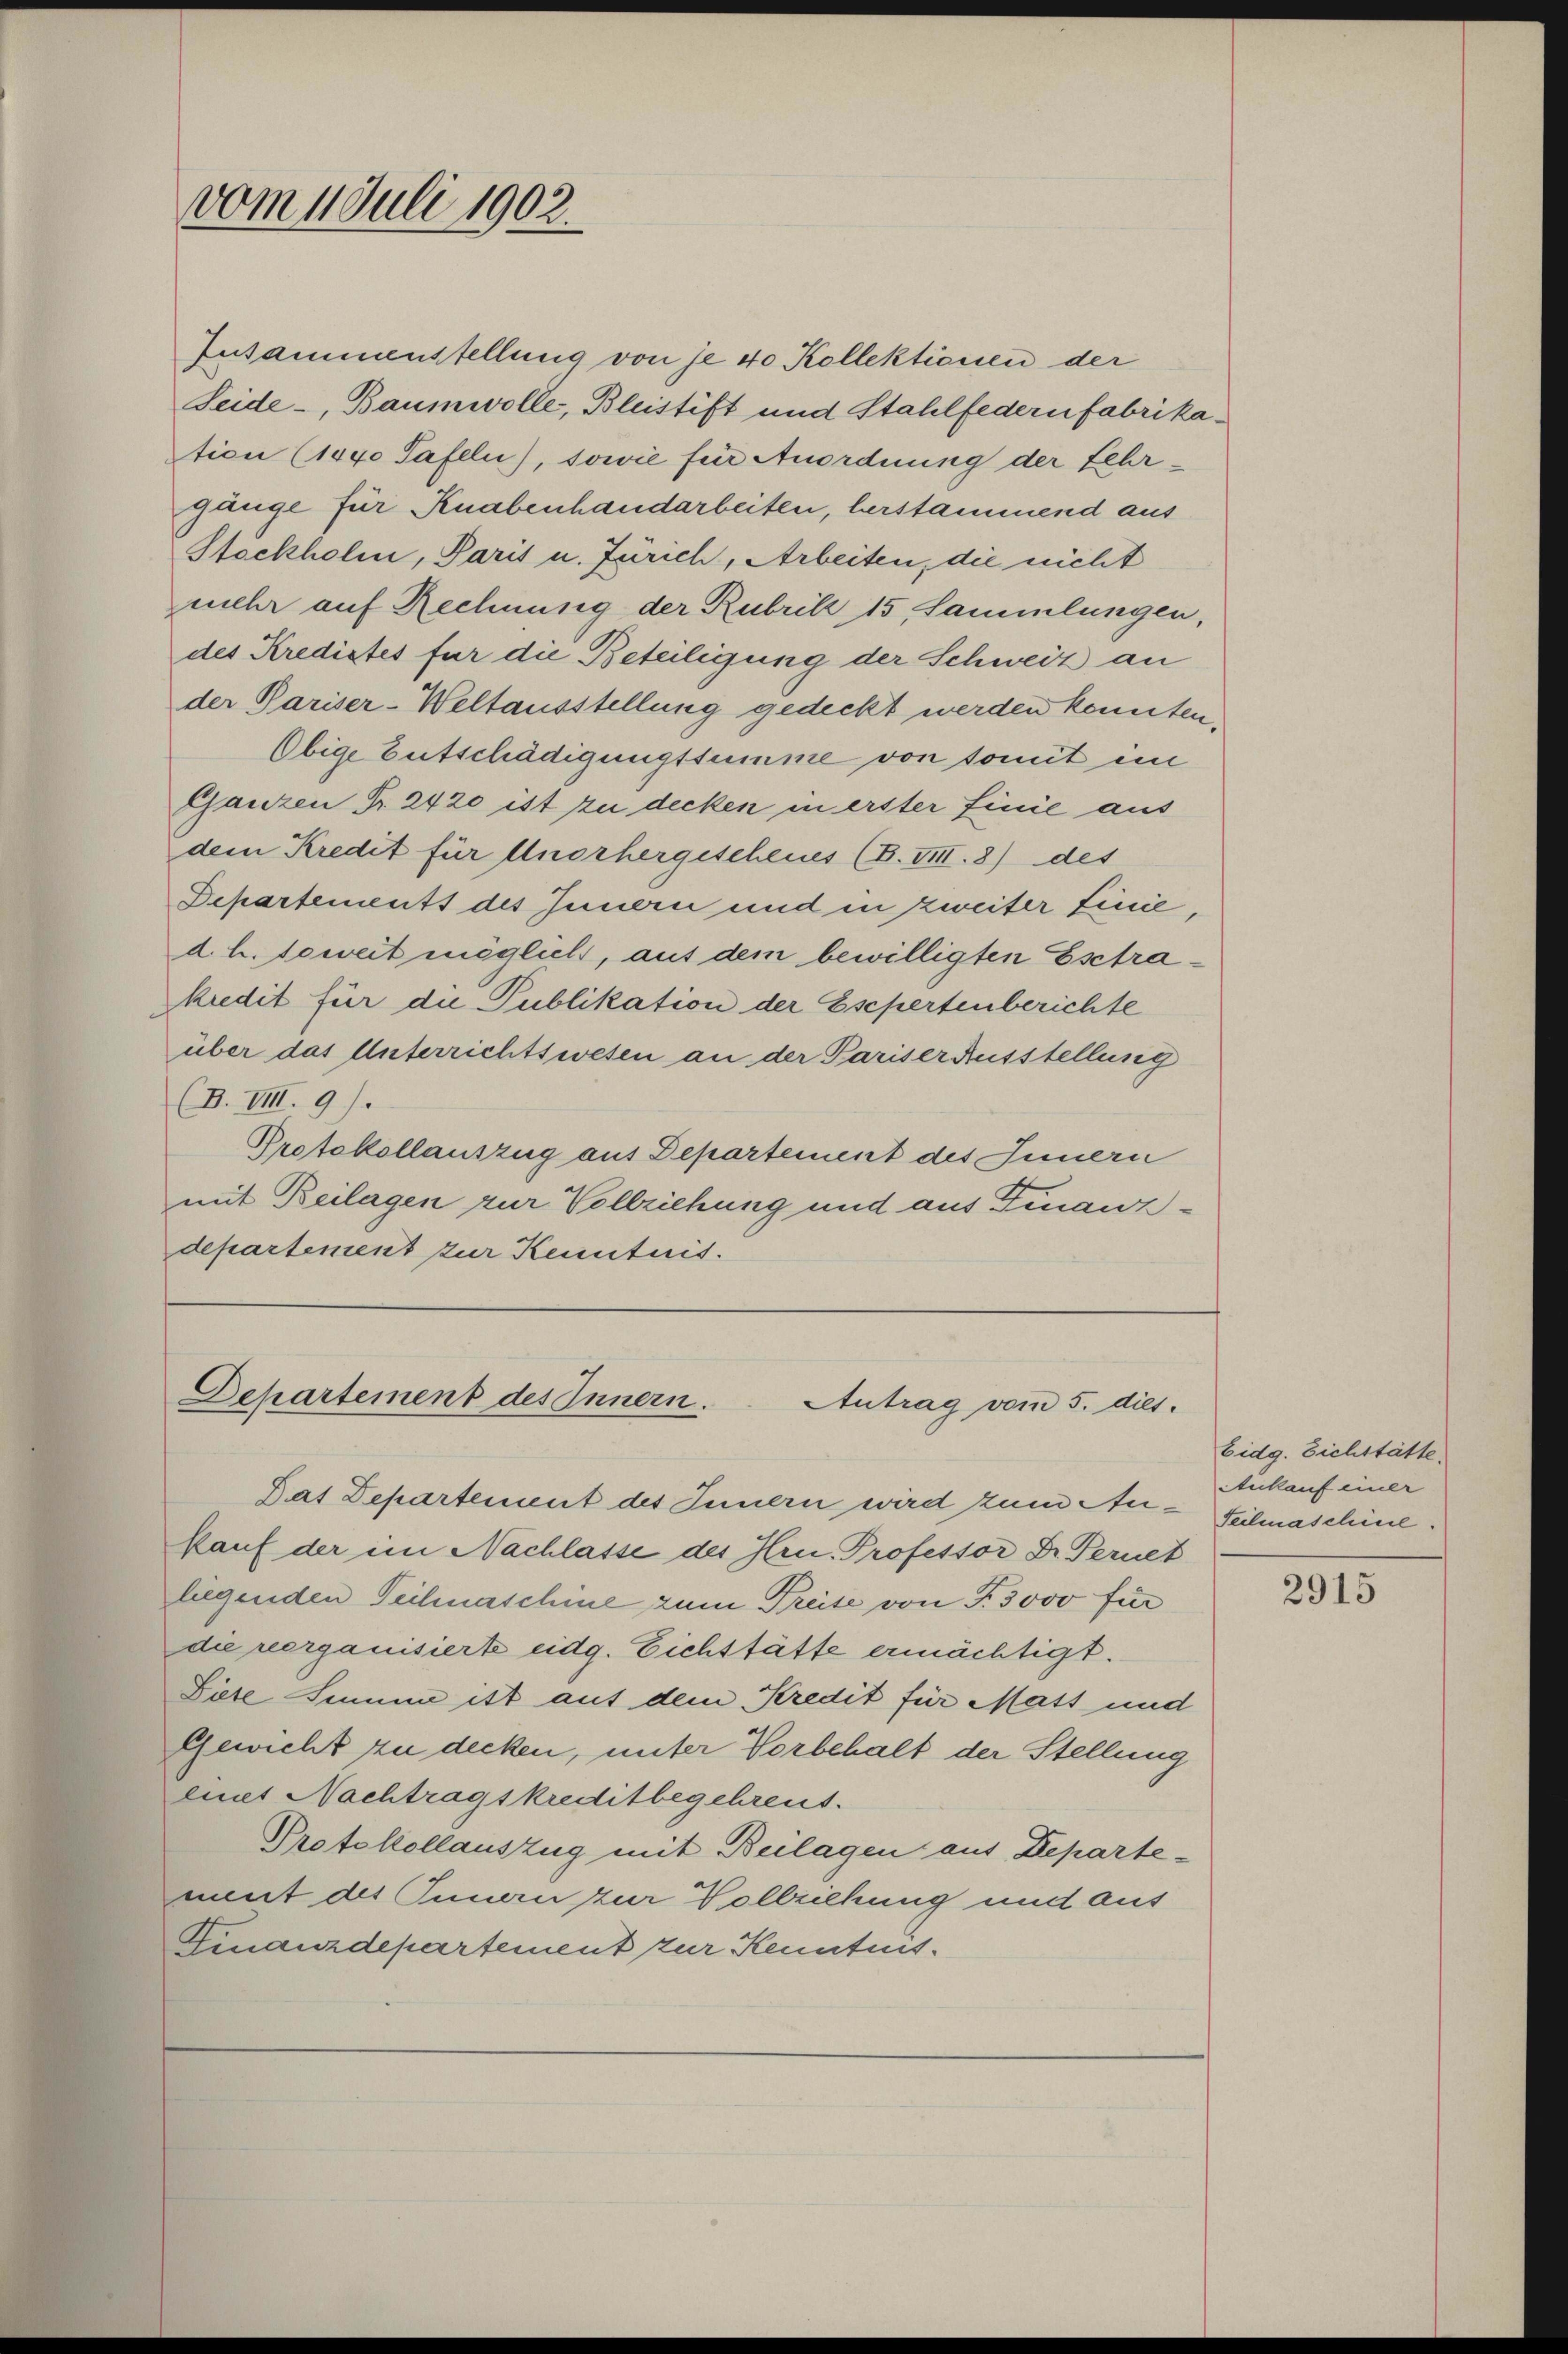
vom 1. Juli 1902.

Iusammenstellung von je 40 Kollektionen der
Seide-, Baumwolle, Bleistift und Stahlfedern fabrikation (1840 Tafeln), sowie für Anordnung der Lehrgänge für Knabenhandarbeiten, berstammend aus
Stockholm, Paris u. Zürich, Arbeiten, die nicht
mehr auf Rechnung der Rubrik 15, Sammlungen,
des Kredictes für die Beteiligung der Schweiz an
der Pariser-Weltausstellung gedeckt werden konnten.
Obige Entschädigungssumme von somit im
Ganzen Sr. 2420 ist zu decken in erster finie aus
dem Kredit für Unorhergescheues (B. VIII. 8) des
Departements des Innern und in zweiter Linie,
d. h. Teweit möglich, auf dem bewilligten Estrakudit für die Publikation der Esepertenberichte
über das Unterrichtswesen an der Pariser Ausstellung
(B. VIII. 9).
Protokollauszug aus Departement des Innern
mit Beilagen zur Vollziehung und aus Finanzdepartement zur Kenntnis.

Departement des Innern.
Antrag vom 5. dies.

kauf der im Nachlasse des Hrn. Professor Dr. Peruet
liegenden Technaschine zum Preise von T. 3000 für
die reorganisierte eidg. Eichstätte ermächtigt.
Léte Sinnen ist auf dem Kredit für Mass und
Gewicht zu decken, unter Vorbehalt der Stellung
eiet Nachtragskreditbegehreut.
Protokollauszug mit Beilagen aus Departement des Innern zur Vollziehung und aus
Finanzdepartement zur Kenntnis¬

Dat Departement des Innern wird zum Aer-Filmaschine.

Eidg. Eichstätte
Ankauf einer

2915